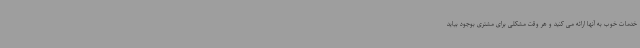
خدمات خوب به آنها ارائه می کنید و هر وقت مشکلی برای مشتری بوجود بیاید